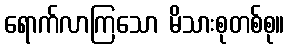
ရောက်လာကြသော မိသားစုတစ်စု။